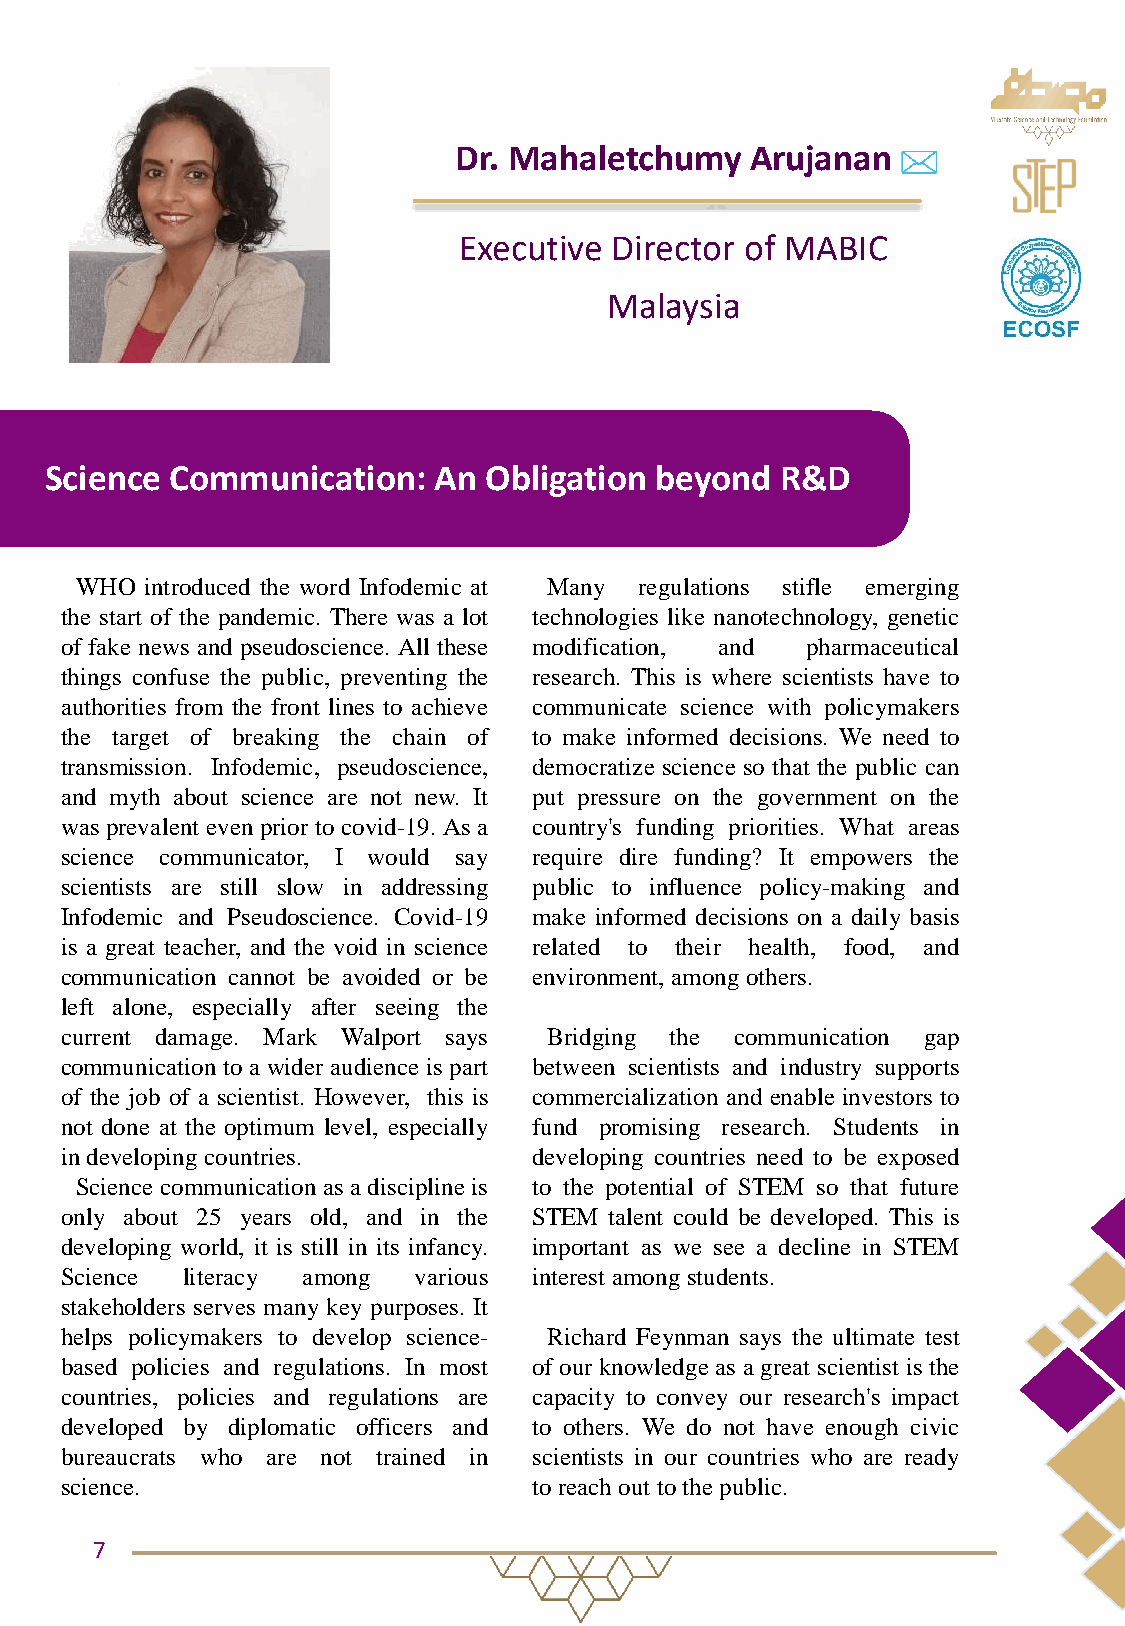
Dr. Mahaletchumy    Arujanan
 Executive  Director of MABIC
 Malaysia
 Science Communication:    An Obligation beyond   R&D
 WHO  introduced the word Infodemic at Many regulations stifle emerging
 the start of the pandemic. There was a lot technologies like nanotechnology, genetic
 of fake news and pseudoscience. All these modification, and pharmaceutical
 things confuse the public, preventing the research. This is where scientists have to
 authorities from the front lines to achieve communicate science with policymakers
 the target of breaking the chain of to make informed decisions. We need to
 transmission. Infodemic, pseudoscience, democratize science so that the public can
 and myth about science are not new. It put pressure on the government on the
 was prevalent even prior to covid-19. As a country's funding priorities. What areas
 science communicator, I would say require dire funding? It empowers the
 scientists are still slow in addressing public to influence policy-making and
 Infodemic and Pseudoscience. Covid-19 make informed decisions on a daily basis
 is a great teacher, and the void in science related to their health, food, and
 communication cannot be avoided or be environment, among others.
 left alone, especially after seeing the
 current damage. Mark Walport says Bridging the communication gap
 communication to a wider audience is part between scientists and industry supports
 of the job of a scientist. However, this is commercialization and enable investors to
 not done at the optimum level, especially fund promising research. Students in
 indeveloping countries.        developing countries need to be exposed
 Science communication as adisciplineis to the potential of STEM so that future
 only about 25 years old, and in the STEM talent could be developed. This is
 developing world, it is still in its infancy. important as we see a decline in STEM
 Science literacy among various interest among students.
 stakeholders serves many key purposes. It
 helps policymakers to develop science- Richard Feynman says the ultimate test
 based policies and regulations. In most of our knowledge as a great scientist is the
 countries, policies and regulations are capacity to convey our research's impact
 developed by diplomatic officers and to others. We do not have enough civic
 bureaucrats who are not trained in scientists in our countries who are ready
 science.                       toreach out tothe public.
 7